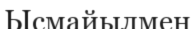
Ысмайылмен